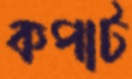
কপাট